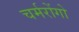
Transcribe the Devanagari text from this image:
चर्मरोंगो